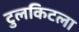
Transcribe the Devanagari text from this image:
टुलकिटला